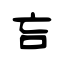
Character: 吂